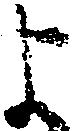
よ